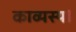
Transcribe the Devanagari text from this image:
काव्यस्य।